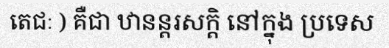
តេជៈ ) គឺជា ឋានន្តរសក្តិ នៅក្នុង ប្រទេស